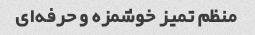
منظم تمیز خوشمزه و حرفه‌ای